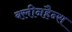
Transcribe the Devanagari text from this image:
क्लीनहैन्स